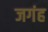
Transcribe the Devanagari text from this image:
जगंह